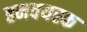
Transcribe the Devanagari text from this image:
हमवयस्क